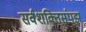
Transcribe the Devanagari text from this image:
सर्वशक्तिसंपझ